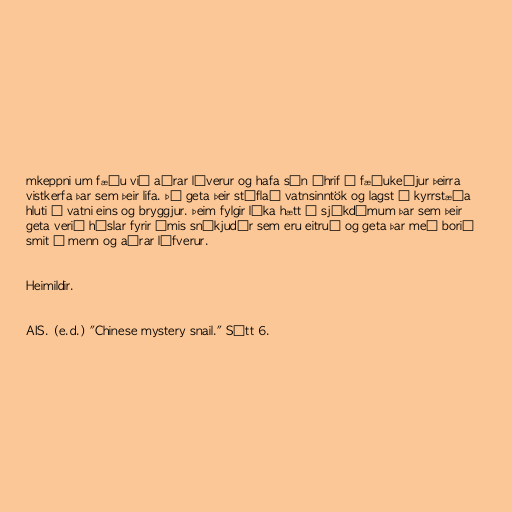
mkeppni um fæðu við aðrar líverur og hafa sín áhrif á fæðukeðjur þeirra
vistkerfa þar sem þeir lifa. Þá geta þeir stíflað vatnsinntök og lagst á kyrrstæða
hluti í vatni eins og bryggjur. Þeim fylgir líka hætt á sjúkdómum þar sem þeir
geta verið hýslar fyrir ýmis sníkjudýr sem eru eitruð og geta þar með borið
smit í menn og aðrar lífverur.

Heimildir.

AIS. (e.d.) "Chinese mystery snail." Sótt 6.